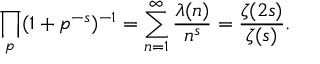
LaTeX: \prod _ { p } ( 1 + p ^ { - s } ) ^ { - 1 } = \sum _ { n = 1 } ^ { \infty } { \frac { \lambda ( n ) } { n ^ { s } } } = { \frac { \zeta ( 2 s ) } { \zeta ( s ) } } .